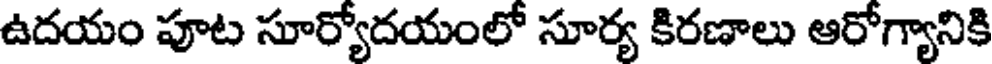
ఉదయం పూట సూర్యోదయంలో సూర్య కిరణాలు ఆరోగ్యానికి